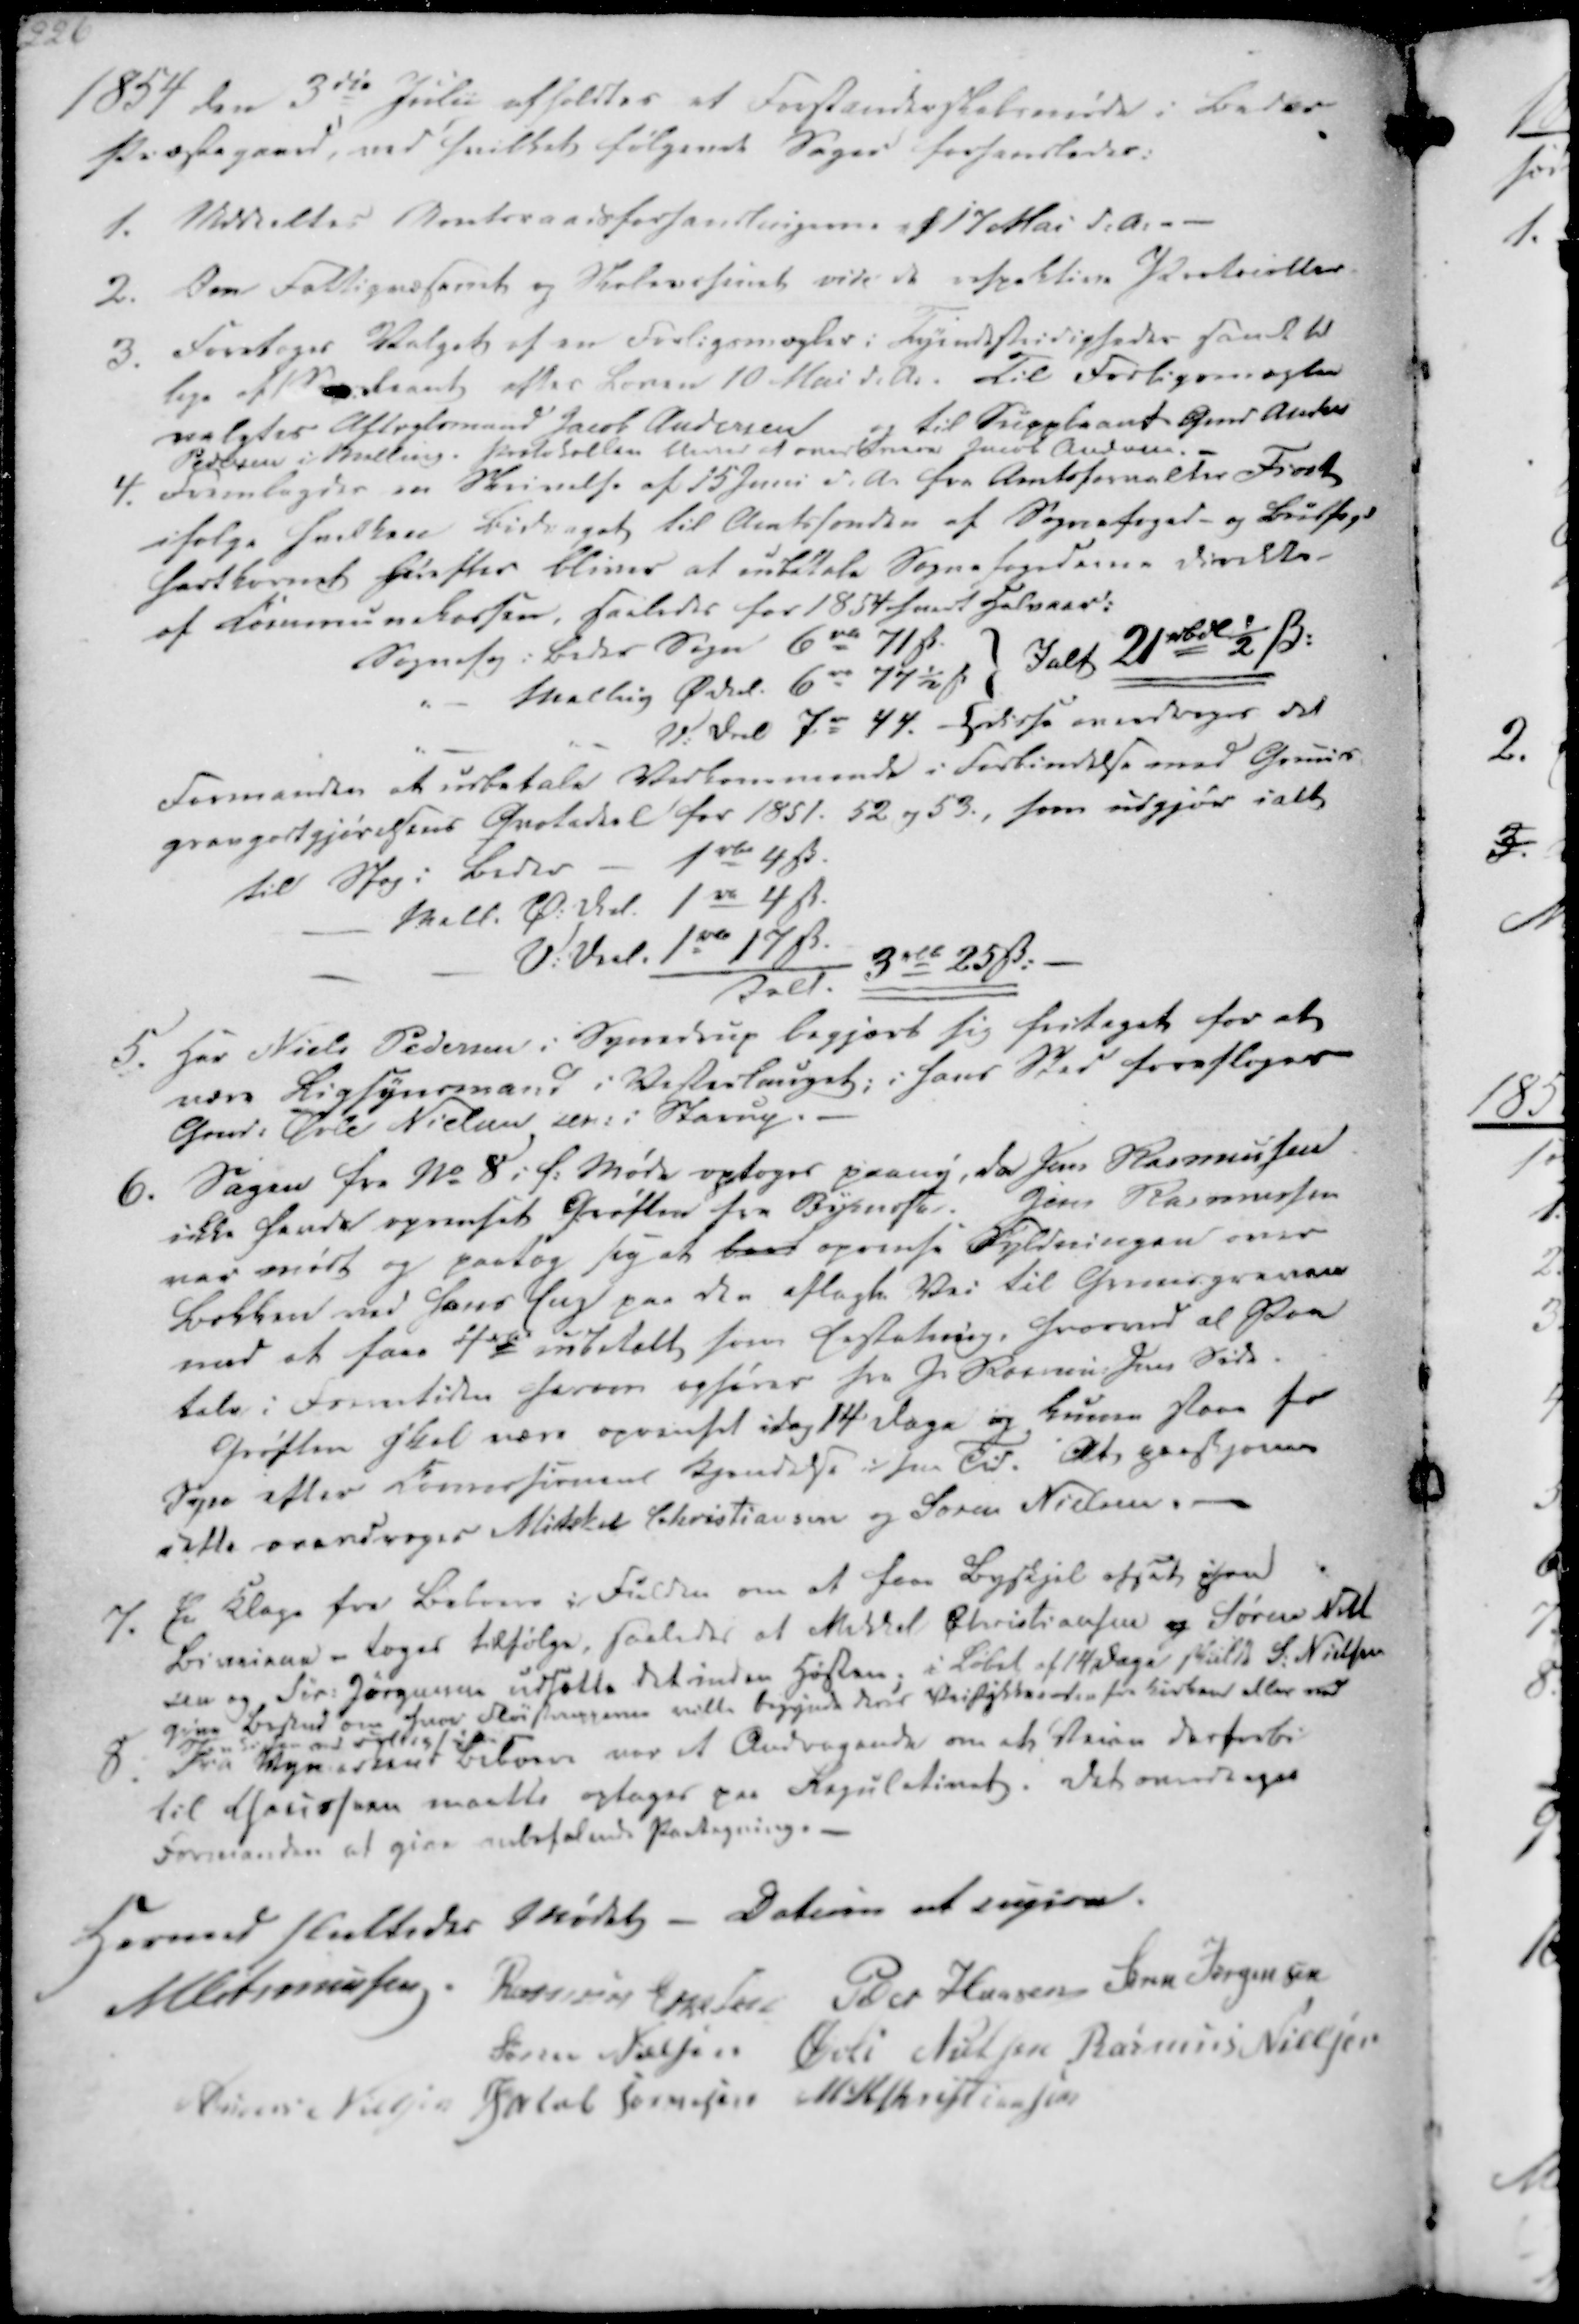
Transskription:
1854 den 3die Julii afholdtes et Forstanderskabsmøde i Beder
Præstegaard, ved hvilket følgende Sager forhandledes:

1. Uddeeltes Amtsraadsforhandlingerne af 17 Mai d.A. -
2. Som Fattigvæsenet og Skolevæsenet vide de respektive Protocoller
3. Foretoges Valget af en Forligsmægler i Tyendestridigheder samt til
lige af Suppleant efter Loven 10 Mai d.A. Til Forligsmægler
valgtes Aftægtsmand Jacob Andersen
og til Suppleant Gmd Anders
Pedersen i Malling. Protokollen bliver at overbevare Jacob Andersen. -

4. Fremlagdes en Skrivelse af 15 Juni d.A. fra Amtsforvalter Frost
ifølge hvilken Bidraget til Amtsfonden af Sognefoged- og Budfogd
hartkornet herefter bliver at indbetale Sognefogederne direkte -
af Communekassen, saaledes for 1854 samt Halvaar:
Sognefog i Beder Sogn 6 rd 71 ẞ.
Malling Ø Del. 6 rd 77½ ẞ
V. Del 7 rd 44.
Ialt 21 rbdl ½ ẞ.
disse overdrages det
Formanden at udbetale Vedkommende i Forbindelse med Gruus-
gravgodtgjørelsens Qvotedeel for 1851. 52 og 53., som udgjør i alt
til Stog i Beder - 1 rbd 4 ẞ.
Mall. Ø. Del. 1 rb 4 ẞ.
V. Deel. 1 rbd 17 ẞ.
Ialt
3 rbd 25 ẞ.

5. Her Niels Pedersen i Synedrup begjært sig fritaget for at
være Ligsynsmand i Vesterlauget; i hans Sted foresloges
Gmd. Øvle Nielsen dÆ. i Starup.
6. Sagen fra No 8 i f. Møde optoges paany, da Jens Rasmussen
ikke havde oprenset Grøften fra Bymosen. Jens Rasmussen
var mødt og paatog sig at bort oprense Fyldningen over
Bekken ved hans Eng paa den aflagte Vei til Gruusgraven
mod at faae 4 rbd udbetalt som Erstatning, hvorved al Paa
tale i Fremtiden herom ophører fra J. Rasmussens Side.
Grøften skal være oprenset idag 14 Dage og kunne staae fr
Syn efter Comissionens Kjendelse i sin Tid. Det paaskjørne
dette overdroges Mikkel Christiansen og Søren Nielsen. -

7.
En Klage fra Beboere i Fulden om at faae Byskjel afsat paa
Biveiene - toges tilfølge, saaledes at Mikkel Christiansen og Søren Niels
sen og Sør. Jørgensen udsatte det inden Høsten; i Løbet af 14 Dage skulde S. Nielsen
give Besked om hvor Fløistrupperne ville begynde deres Veistykker hen fra Kirken eller ved
Siden ad Fyllig
8. Fra Nymarkens Beboere var et Andragende om at Veien derforbi
til Chausseen maatte optages paa Regulativet. Det overdrages
Formanden at give anbefalende Paategning. -

Hermed sluttedes Mødet - Datum ut supra.
M Asmussen
Rasmus Eskesen
Peder Hansen
Søren Jørgensen
Søren Nielsen
Øvli Nielsen
Rasmus Nielsen
Anders Nielsen
Jacob Sørensen
M. H. Christiansen